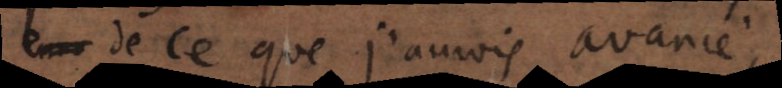
de ce que j’aurois avancé,